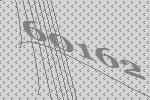
60162